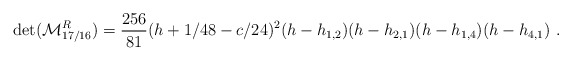
\begin{align*}\det({\cal M}^R_{17/16})={256\over81}(h+1/48-c/24)^2 (h-h_{1,2})(h-h_{2,1})(h-h_{1,4})(h-h_{4,1}){}~.\end{align*}